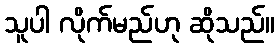
သူပါ လိုက်မည်ဟု ဆိုသည်။